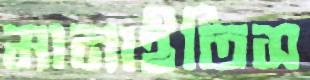
মানাইতিস